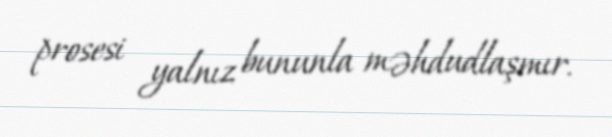
prosesi yalnız bununla məhdudlaşmır.